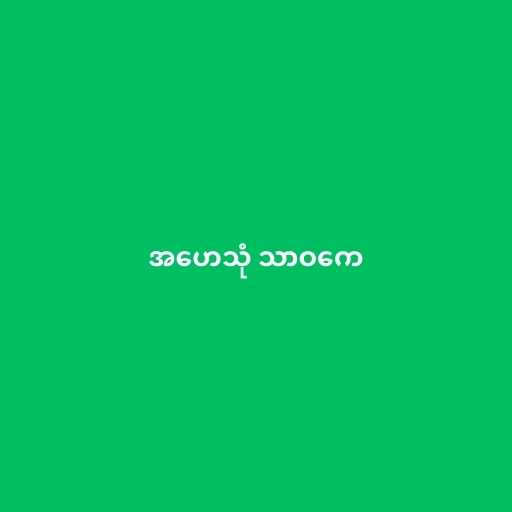
အဟေသုံ သာဝကေ